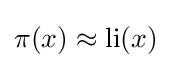
\pi (x)\approx \operatorname {li} (x)